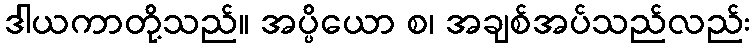
ဒါယကာတို့သည်။ အပ္ပိယော စ၊ အချစ်အပ်သည်လည်း